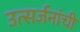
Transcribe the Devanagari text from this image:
उत्सर्जनांची